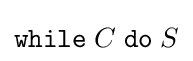
{\mathtt {while}}\;C\;{\mathtt {do}}\;S